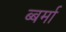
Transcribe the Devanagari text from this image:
ब्बर्मा